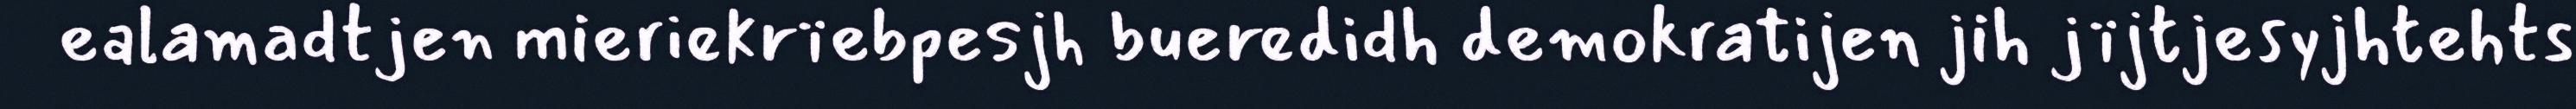
ealamadtjen mieriekrïebpesjh bueredidh demokratijen jih jïjtjesyjhtehts